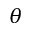
\theta